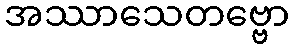
အဿာသေတဗ္ဗော